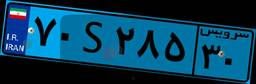
۷۰S۲۸۵۳۰